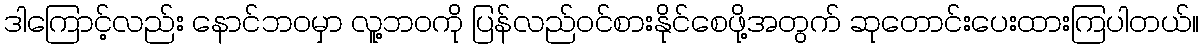
ဒါကြောင့်လည်း နောင်ဘဝမှာ လူ့ဘဝကို ပြန်လည်ဝင်စားနိုင်စေဖို့အတွက် ဆုတောင်းပေးထားကြပါတယ်။